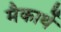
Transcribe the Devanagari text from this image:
मैकार्थे